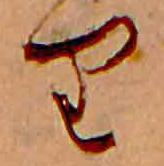
り